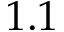
1 . 1